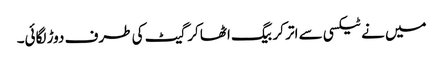
میں نے ٹیکسی سے اتر کر بیگ اٹھا کر گیٹ کی طرف دوڑ لگائی۔